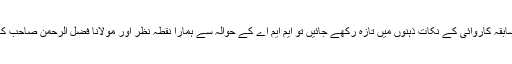
آج پیش کی گئی مجلس شوریٰ کی سابقہ کاروائی کے نکات ذہنوں میں تازہ رکھے جائیں تو ایم ایم اے کے حوالہ سے ہمارا نقطہ نظر اور مولانا فضل الرحمن صاحب کا طرزعمل ہمارے سامنے آچکاہے۔